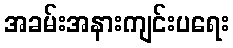
အခမ်းအနားကျင်းပရေး